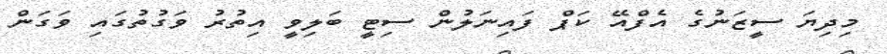
މިދިޔަ ސީޒަނުގެ އެފްއޭ ކަޕް ފައިނަލުން ސިޓީ ބަލިވީ އިތުރު ވަގުތުގައި ވަގަން